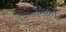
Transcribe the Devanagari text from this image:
मिक्रो